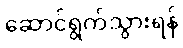
ဆောင်ရွက်သွားရန်